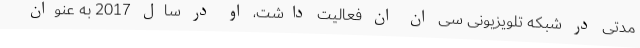
مدتی در شبکه تلویزیونی سی ان ان فعالیت داشت، او در سال 2017 به عنوان